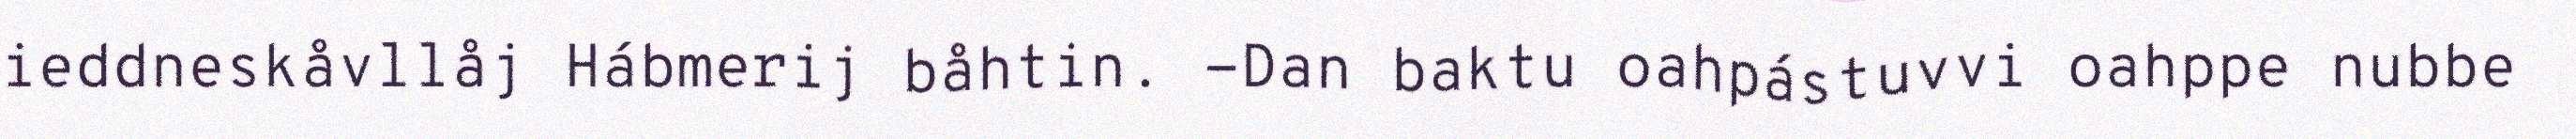
ieddneskåvllåj Hábmerij båhtin. -Dan baktu oahpástuvvi oahppe nubbe